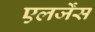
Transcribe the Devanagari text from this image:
एलर्जेंस